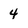
Character: 4